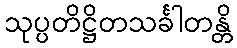
သုပ္ပတိဋ္ဌိတသင်္ခါတန္တိ